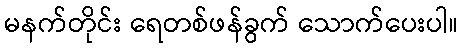
မနက်တိုင်း ရေတစ်ဖန်ခွက် သောက်ပေးပါ။